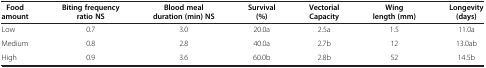
<table><thead><tr><td><b>Food amount</b></td><td><b>Biting frequency ratio NS</b></td><td><b>Blood meal duration (min) NS</b></td><td><b>Survival (%)</b></td><td><b>Vectorial Capacity</b></td><td><b>Wing length (mm)</b></td><td><b>Longevity (days)</b></td></tr></thead><tbody><tr><td>Low</td><td>0.7</td><td>3.0</td><td>20.0a</td><td>2.5a</td><td>1.5</td><td>11.0a</td></tr><tr><td>Medium</td><td>0.8</td><td>2.8</td><td>40.0a</td><td>2.7b</td><td>12</td><td>13.0ab</td></tr><tr><td>High</td><td>0.9</td><td>3.6</td><td>60.0b</td><td>2.8b</td><td>52</td><td>14.5b</td></tr></tbody></table>